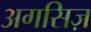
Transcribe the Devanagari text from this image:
अगसिज़